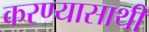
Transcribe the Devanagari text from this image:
करण्यासाथी